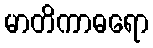
မာတိကာဓရော